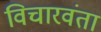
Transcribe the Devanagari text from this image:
विचारवंता